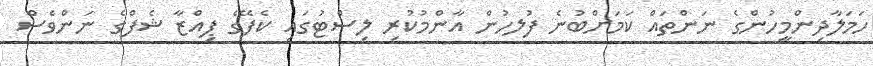
ހަމަލާދިންމީހުންގެ ނަންތައް ކަމަށްބުނެ ފުލހުން އާންމުކުރި ލިސްޓުގައި ކެފޭގެ ޕިއްޒާ ޝެފްގެ ނަންވެސް